Mental hospitals Bombay report 1921-28 - 1921-1928
Year: 1921
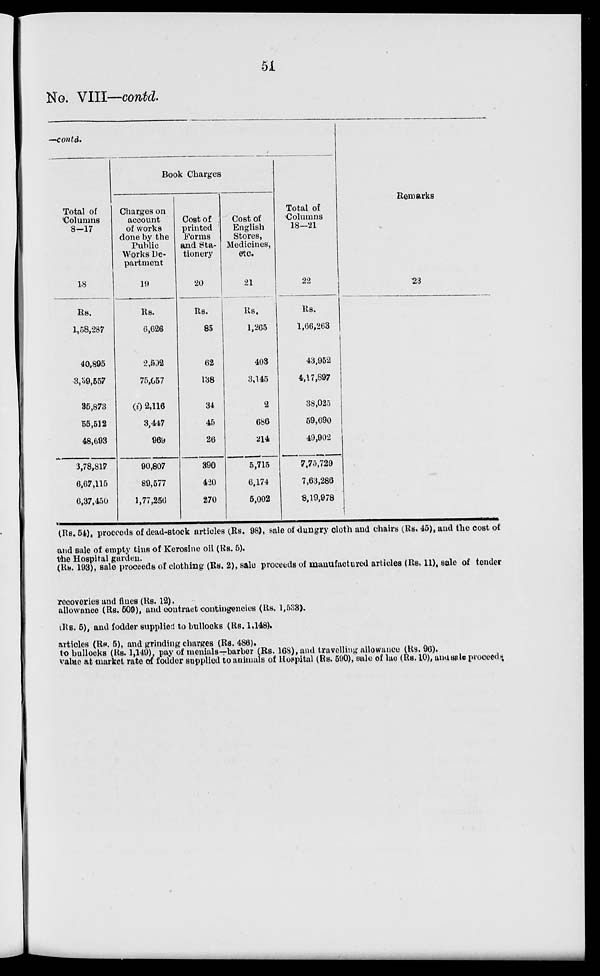
51
No. VIII—contd.
contd.
Total of
Columns
8—17
18
Rs.
1,58,287
40,895
3,39,557
35,873
55,512
48,693
3,78,817
6,67,115
6,37,450
Book Charges
Charges on
account
of works
done by the
Public
Works De-
partment
19
Rs.
6,626
2,592
75,657
(i) 2,116
3,447
969
90,807
89,577
1,77,256
Cost of
printed
Forms
and Sta-
tionery
20
Rs.
85
62
138
34
45
26
390
420
270
Cost of
English
Stores,
Medicines,
etc.
21
Rs.
1,265
403
3,145
2
686
214
5,715
6,174
5,002
Total of
Columns
18—21
22
Rs.
1,66,263
43,952
4,17,897
38,025
59,690
49,902
7,75,729
7,63,286
8,19,978
Remarks
23
(Rs. 54), proceeds of dead-stock articles (Rs. 98), sale of dungry cloth and chairs (Rs. 45), and the cost of
and sale of empty tins of Kerosine oil (Rs. 5).
the Hospital garden.
(Rs. 193), sale proceeds of clothing (Rs. 2), sale proceeds of manufactured articles (Rs. 11), sale of tender
recoveries and fines (Rs. 12).
allowance (Rs. 509), and contract contingencies (Rs. 1,538).
(Rs. 5), and fodder supplied to bullocks (Rs. 1,148).
articles (Rs. 5), and grinding charges (Rs. 486).
to bullocks (Rs. 1,149), pay of menials—barber (Rs. 168), and travelling allowance (Rs. 96).
value at market rate of fodder supplied to animals of Hospital (Rs. 590), sale of lac (Rs. 10), and sale proceed.